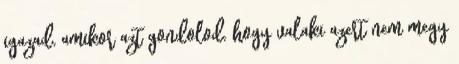
igazad, amikor azt gondolod, hogy valaki azert nem megy